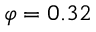
\varphi = 0 . 3 2